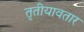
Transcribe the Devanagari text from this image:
तृतीयावतार